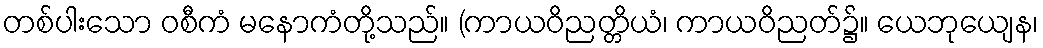
တစ်ပါးသော ဝစီကံ မနောကံတို့သည်။ (ကာယဝိညတ္တိယံ၊ ကာယဝိညတ်၌။ ယေဘုယျေန၊